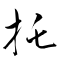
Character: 托